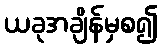
ယခုအချိန်မှစ၍